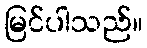
မြင်ပါသည်။